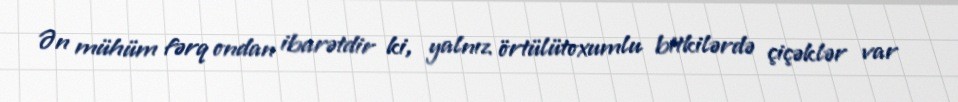
Ən mühüm fərq ondan ibarətdir ki, yalnız örtülütoxumlu bitkilərdə çiçəklər var